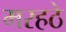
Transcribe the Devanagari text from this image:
मरहठे